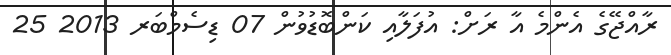
ރާއްޖޭގެ އެންމެ އާ ރަށް: އުފަލާއި ކަންބޮޑުވުން 07 ޑިސެމްބަރ 2013 25